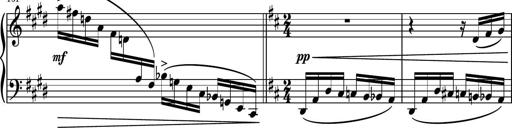
Title: Piano Sonatina No.6
Composer: Dimitri Sykias
Key: A major